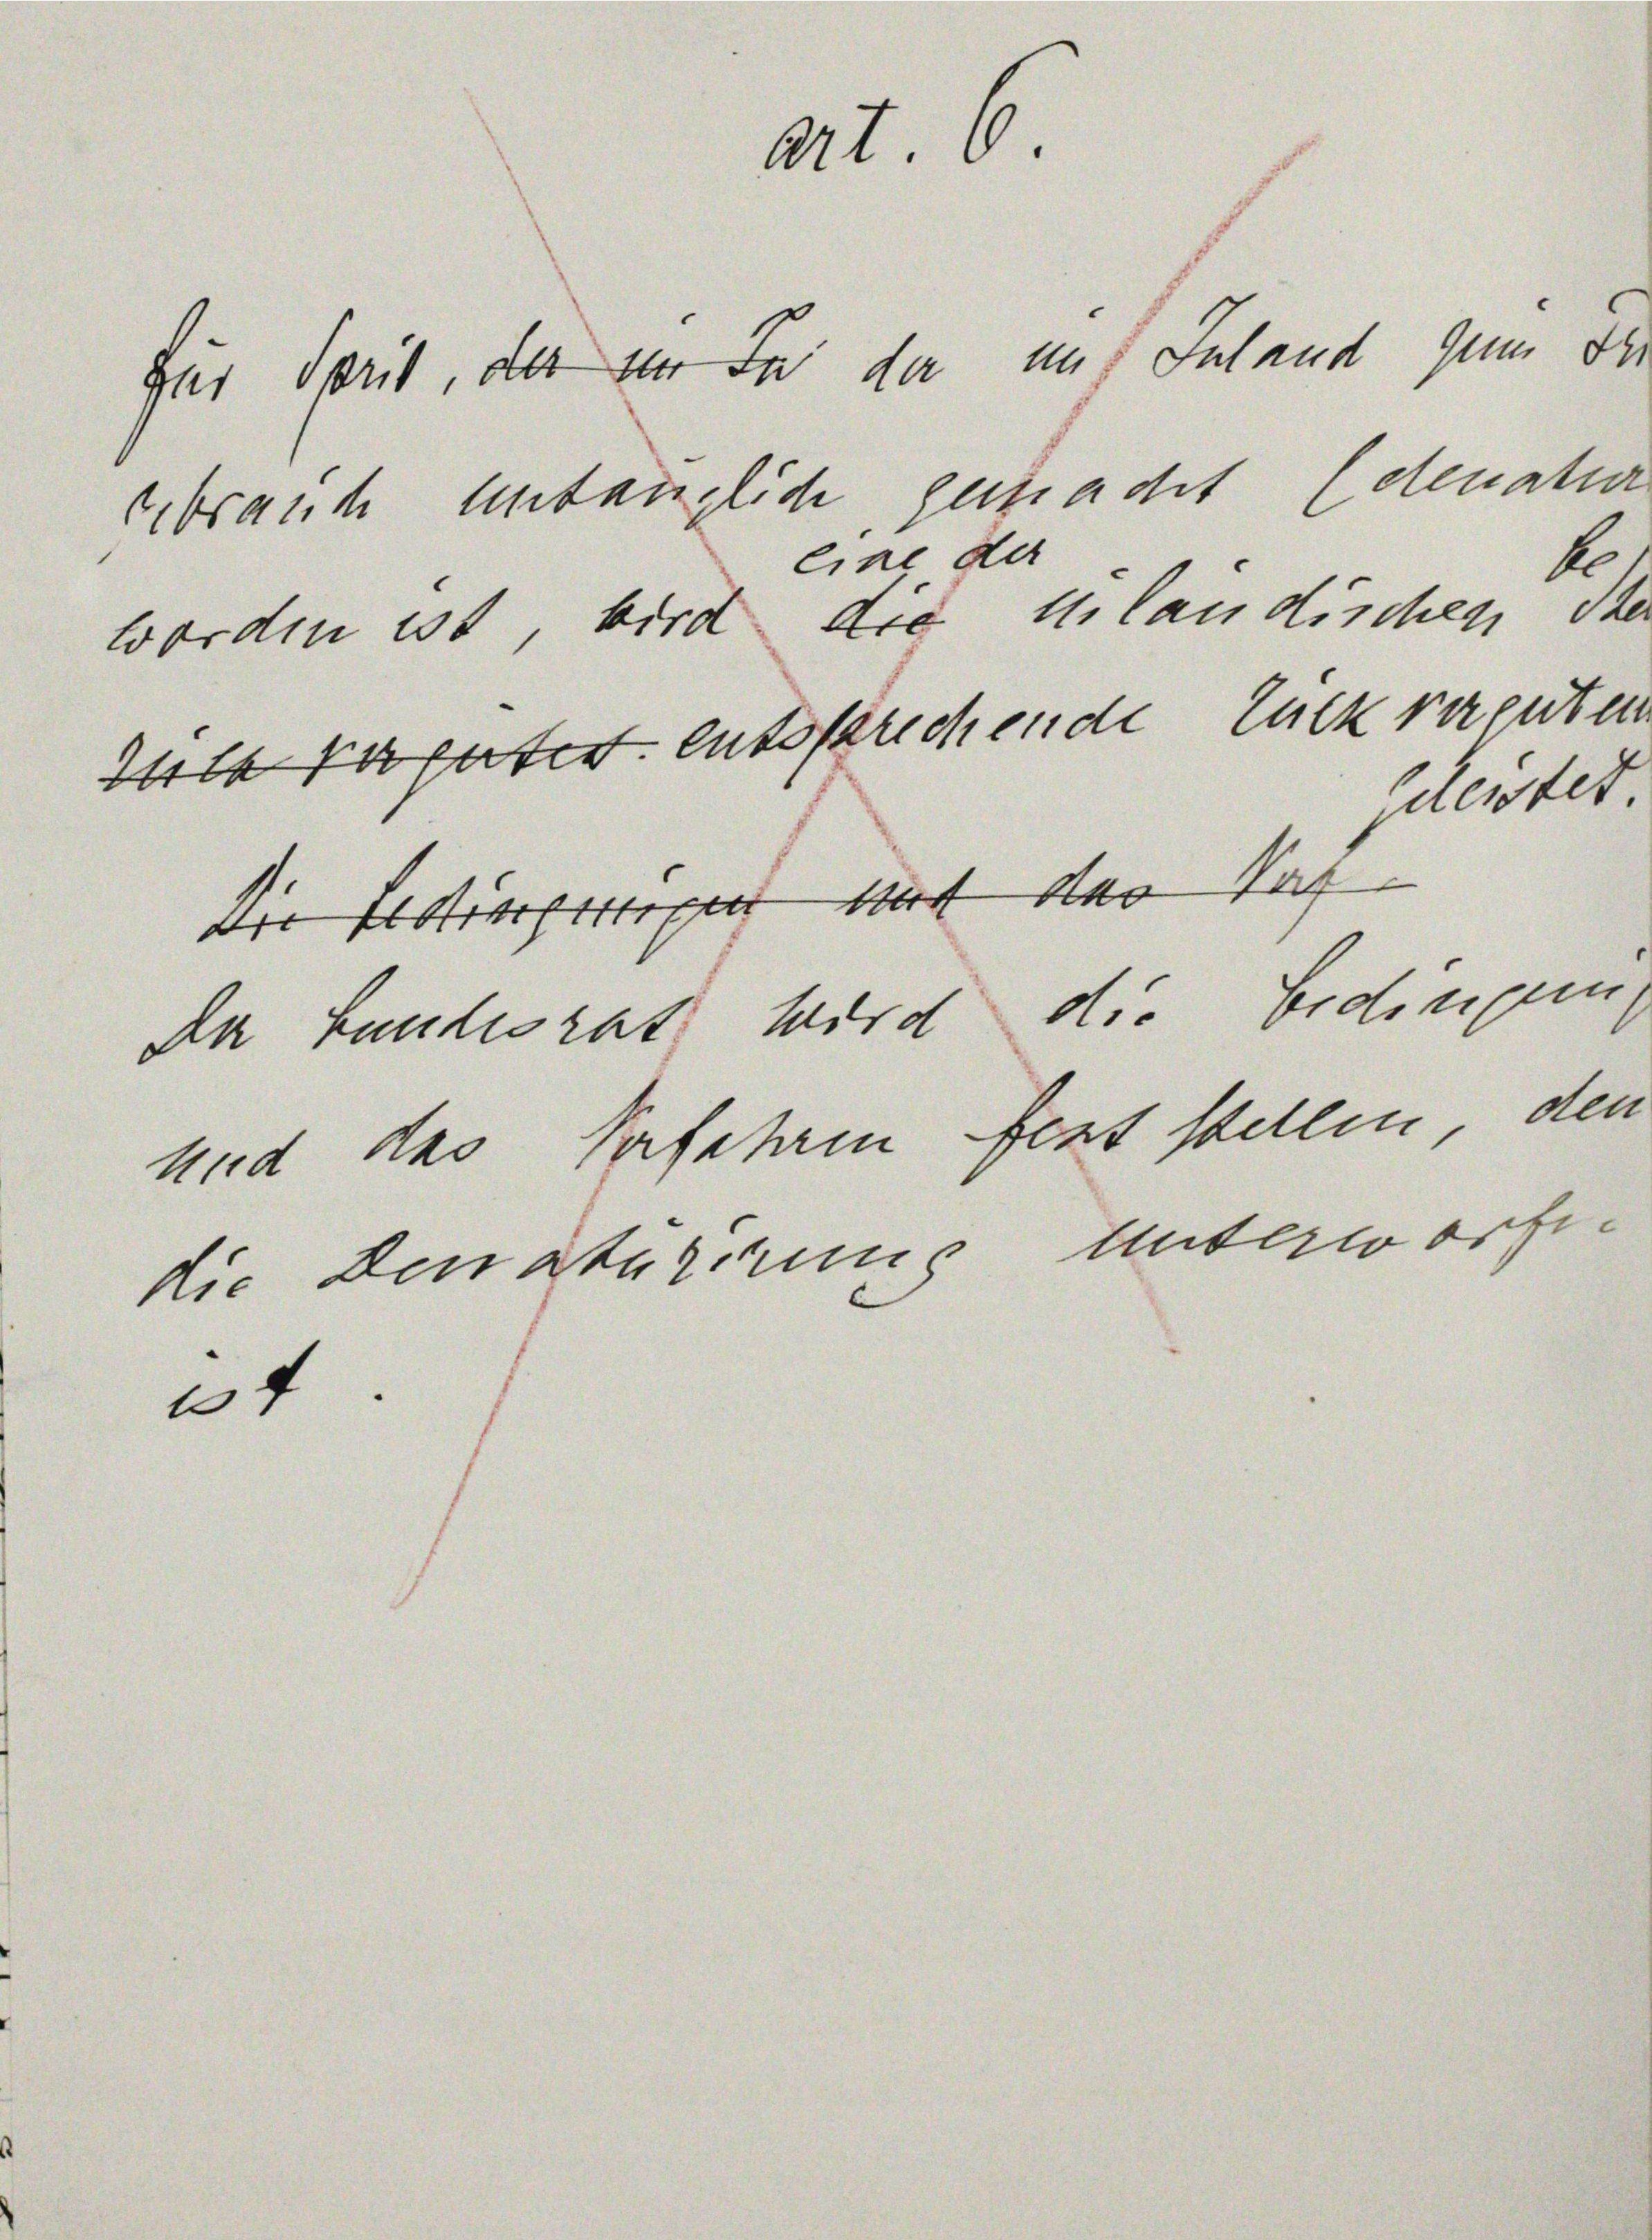
24.

227. 6

für Sprit, da in In da uns Inland zum Fr.
Gbrauch untauglich gemacht (denatur

Eine der
worden ist, wird die Milandischen de
1 Par gutes entsprechende Luck verguten

Die Bedingungen mit der Saf
An bundesrat wird die Eidingen
und das Verfahren fest stellen, den
die Benaturerung unterworfen

b
scleistet.